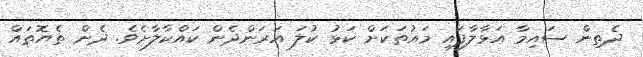
ދެތިން ސައިމާ އަޅާލާފައި މައުތަކަށް ކަޅު ކުލަ އަރަންދެން ކައްކާލާށެވެ. ދެން ތެޔޮތައް